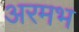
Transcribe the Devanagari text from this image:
अरमभ